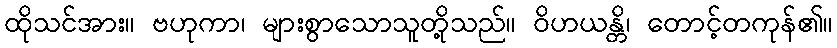
ထိုသင်အား။ ဗဟုကာ၊ များစွာသောသူတို့သည်။ ဝိဟယန္တိ၊ တောင့်တကုန်၏။